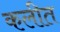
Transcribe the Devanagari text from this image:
कलीत